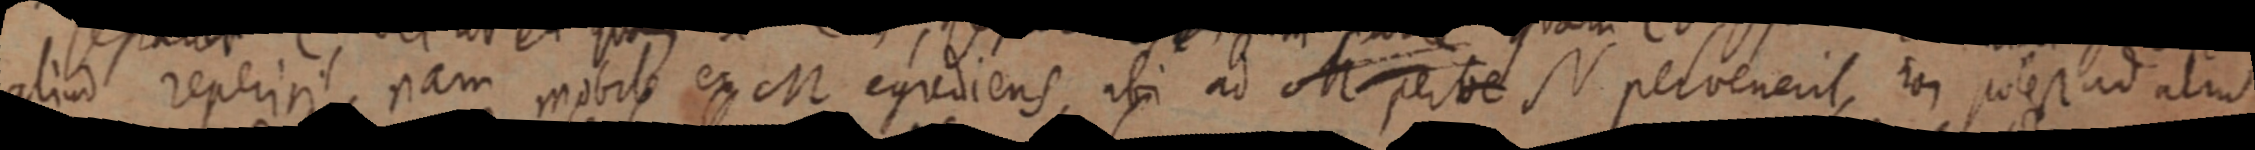
aliud reperiri, nam mobile ex M egrediens, ubi ad M perbe N pervenerit, non potest ad aliud